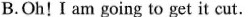
B.Oh！I am going to get it cut.